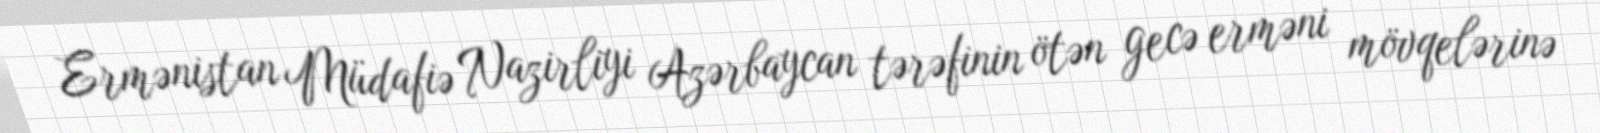
Ermənistan Müdafiə Nazirliyi Azərbaycan tərəfinin ötən gecə erməni mövqelərinə